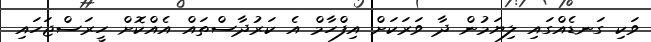
ވަކި ގަނޑެއްގައި ލިޔަމުން ދާ ވަރަކަށް އިފްހާމް އެ ކަރުދާސްތައް އެއްކޮށް ހީރަސްޖަހައި